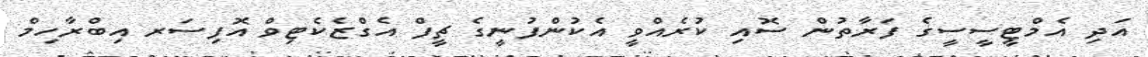
އަދި އެމްޓީސީސީގެ ފަރާތުން ސޮއި ކުރެއްވީ އެކުންފުނީގެ ޗީފް އެގްޒެކެޓިވް އޮފިސަރ އިބްރާހިމް